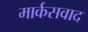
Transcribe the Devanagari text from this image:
मार्कसवाद